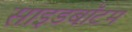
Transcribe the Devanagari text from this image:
साइडबॉटम